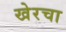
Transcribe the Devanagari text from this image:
खेरचा